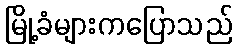
မြို့ခံများကပြောသည်